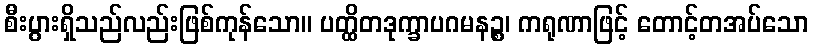
စီးပွားရှိသည်လည်းဖြစ်ကုန်သော။ ပတ္ထိတဒုက္ခာပဂမနဉ္စ၊ ကရုဏာဖြင့် တောင့်တအပ်သော